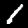
Digit: 1